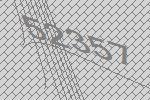
52357